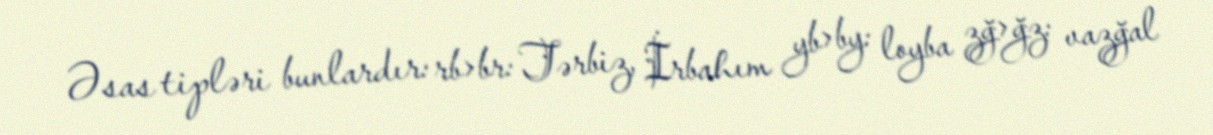
Əsas tipləri bunlardır: rb>br: Tərbiz, İrbahım yb>by: loyba zğ>ğz: vazğal